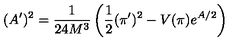
( A ^ { \prime } ) ^ { 2 } = \frac { 1 } { 2 4 M ^ { 3 } } \left( \frac { 1 } { 2 } ( \pi ^ { \prime } ) ^ { 2 } - V ( \pi ) e ^ { A / 2 } \right)